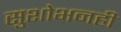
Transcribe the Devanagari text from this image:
सुशोभनही